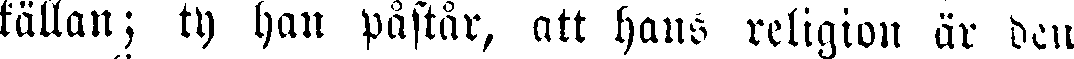
källan; ty han påstår, att hans religion är den